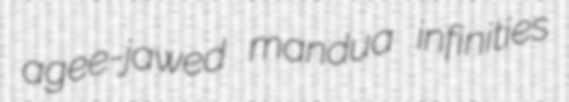
agee-jawed mandua infinities